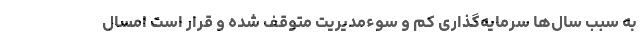
به سبب سال‌ها سرمایه‌گذاری کم و سوء‌مدیریت متوقف شده و قرار است امسال